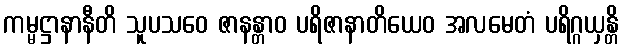
ကမ္မဋ္ဌာနာနီတိ သူပသဝေ ဇာနန္တာဝ ပရိဇာနာတိယေဝ အလမေတံ ပရိဂ္ဂယှန္တိ